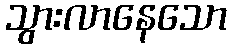
သွားလာနေသော